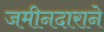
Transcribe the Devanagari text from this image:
जमीनदाराने